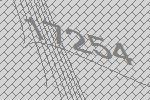
17254